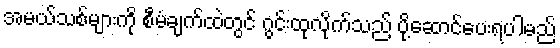
အမယ်သစ်များကို စီမံချက်ထဲတွင် ဂွင်းထုလိုက်သည် ပို့ဆောင်ပေးရပါမည်